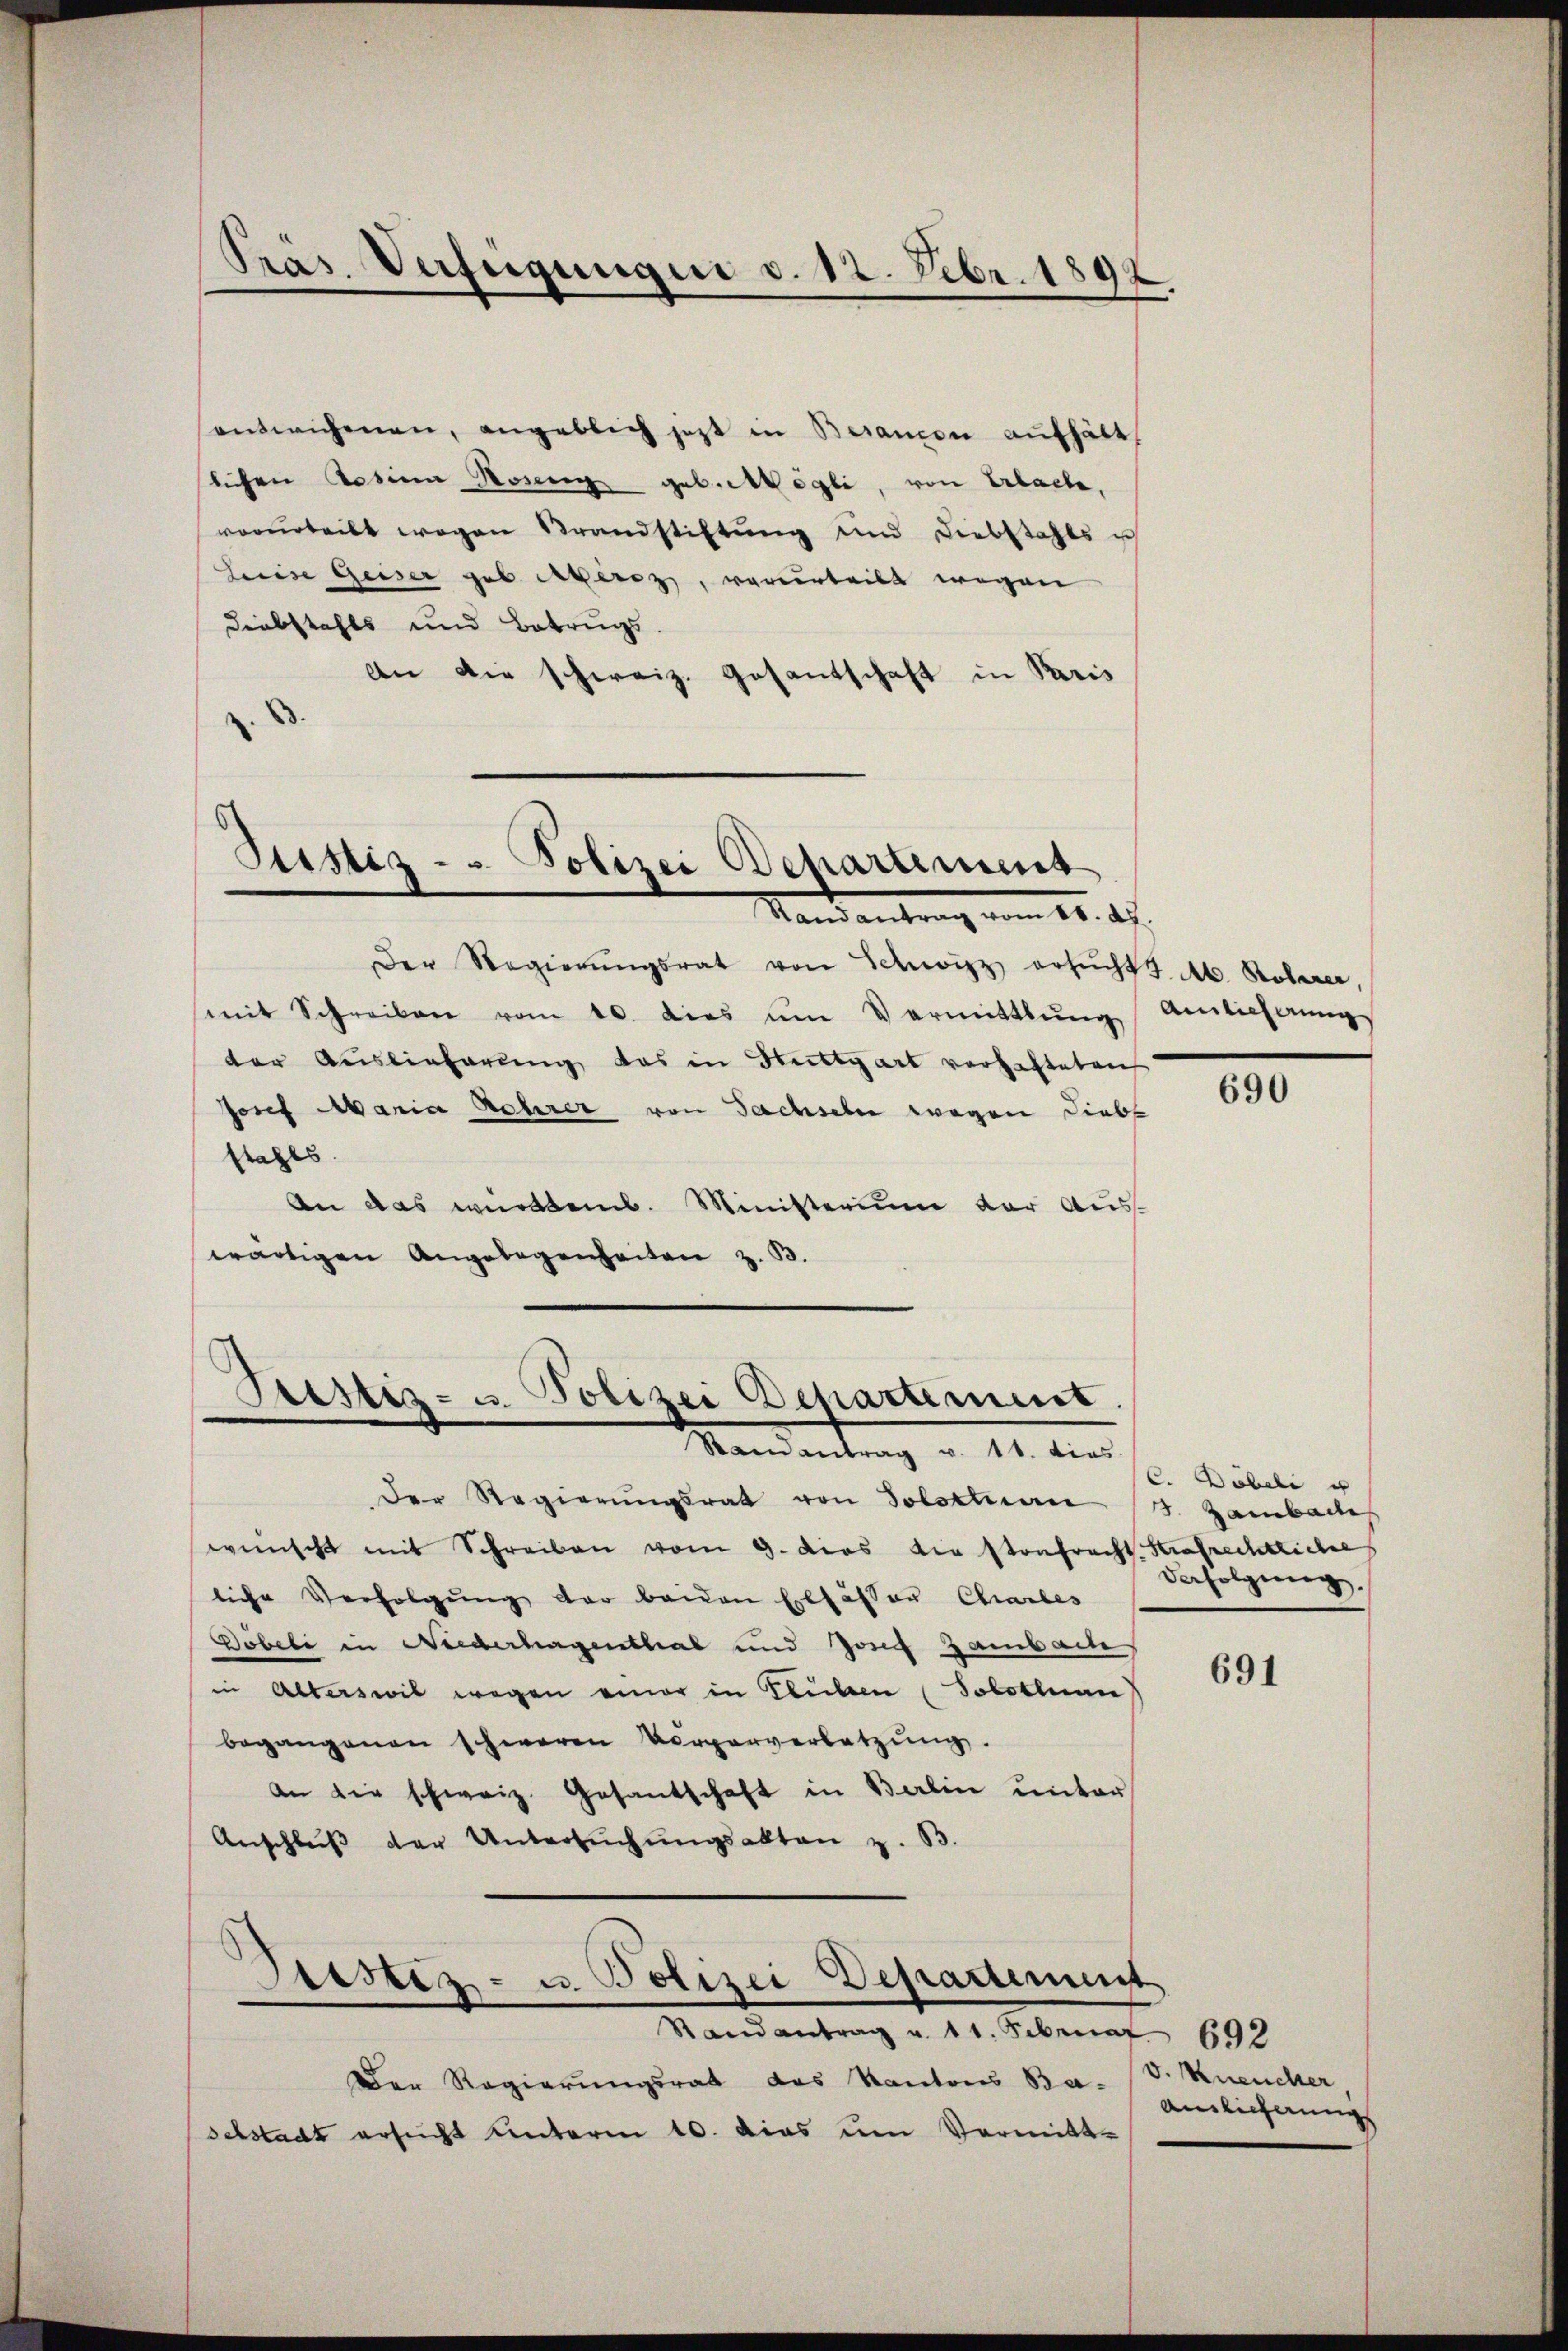
Präs. Verfügungen d. 12. Febr. 1892

entwichenen, angeblich jetzt in Besandon aufhält
lichen Rosina Honig geb. Mögli, von Erlache,
vorurteilt wegen Brandstiftung und Liebstahls ich
Leeise Geiser geb. Arteres, verurteilt wegen
Diebstahls und Betrugs.
An die schweiz. Gesantschaft in Paris

Justiz - Polizei Departement
Mandantrag vom 15. d.

Prestiz- u. Polizei Departement.
Mandantung u. 11. den

Der Regierŭngsrat von Schwitz ersŭchts Ab. Roberer,
mit Schreiben vom 10. dies ŭm Vermittlung Amlicherŭng
der Auslieferŭng das in Stuttgart verhafteten
Josef Maria Lehrer von Sachseln wegen Liebs
stahls
An das württemb. Ministerium der Auswärtigen Angelegenheiten z. B.

Der Regierŭngsrat von Solottan
wünscht mit Schreiben vom 9. das die Stonfracht
liche Verfolgung der beiden Elsässer Charles
Döbeli in Niederhagenthal und Josef Zambache
in Alterswil wegen einer in liben (Solotenan
begangenen schweren Verparverletzŭng.
an die schweiz. Gesantschaft in Balin ŭnter
Anschlŭβ der Untersŭchŭngsakten z. B.
Justiz- u. Polizei Departement
Randantrag u. 11. Februar 692
Der Regierungsrat das Kantons Bar. (v. Kneucher
schstadt ersucht unterm 10. dies um Vormitt-

690

C. Döbeli u
3. Zambache
Strafrechtliche
Verfolgung

691

ainlicherung